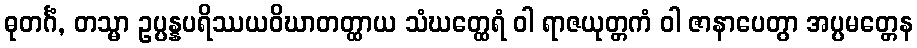
ဓုတင်္ဂံ, တသ္မာ ဥပ္ပန္နပရိဿယဝိဃာတတ္ထာယ သံဃတ္ထေရံ ဝါ ရာဇယုတ္တကံ ဝါ ဇာနာပေတွာ အပ္ပမတ္တေန